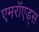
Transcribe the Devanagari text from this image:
एमरॉएड्स